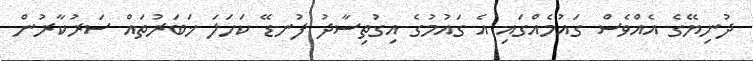
ދުނިޔޭގެ އެއްވެސް ގައުމެއްގައި އެ ގައުމުގެ އިގުތިސާދު ފުނޑޭ ކަހަލަ ޚަބަރުތައް ސަރުކާރުން